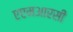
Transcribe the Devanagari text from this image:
एएमआरसी